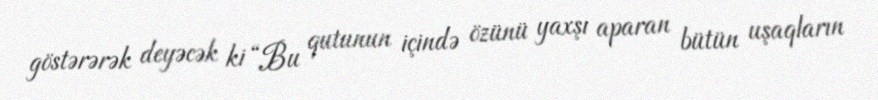
göstərərək deyəcək ki “Bu qutunun içində özünü yaxşı aparan bütün uşaqların